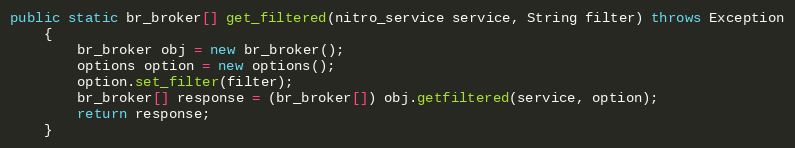
Language: Java
public static br_broker[] get_filtered(nitro_service service, String filter) throws Exception
	{
		br_broker obj = new br_broker();
		options option = new options();
		option.set_filter(filter);
		br_broker[] response = (br_broker[]) obj.getfiltered(service, option);
		return response;
	}